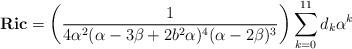
LaTeX: \begin{align*}\textbf{Ric}=\bigg(\frac{1}{4\alpha^2(\alpha -3\beta +2b^2\alpha)^4(\alpha -2\beta)^3}\bigg)\sum_{k=0}^{11}d_k\alpha^k\end{align*}